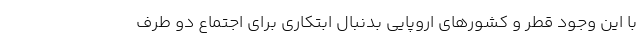
با این وجود قطر و کشورهای اروپایی بدنبال ابتکاری برای اجتماع دو طرف